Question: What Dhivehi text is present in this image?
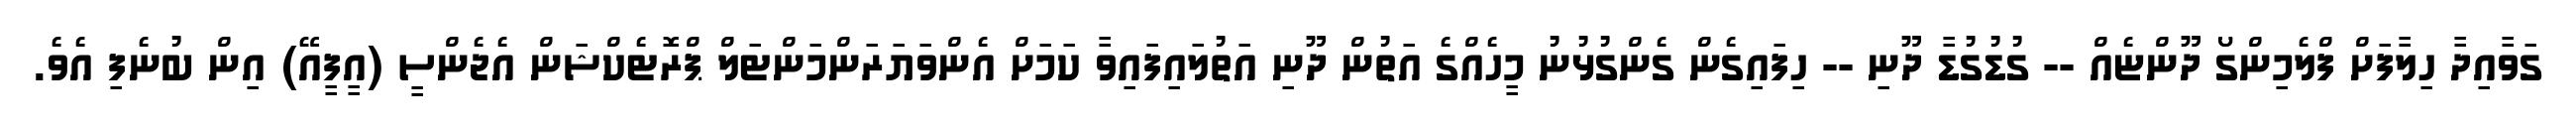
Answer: ގަވާއިދާ ހިލާފަށް ފްލެމިންގޯ ދޫންޏެއް -- ގުޑުގުޑާ ދޫނި -- ހިފައިގެން ގެންގުޅުނު މީހެއްގެ އަތުން ދޫނި އަތުލައިފައިވާ ކަމަށް އެންވަޔަރަންމަންޓަލް ޕްރޮޓެކްޝަން އެޖެންސީ (އީފީއޭ) އިން ބުނެފި އެވެ.